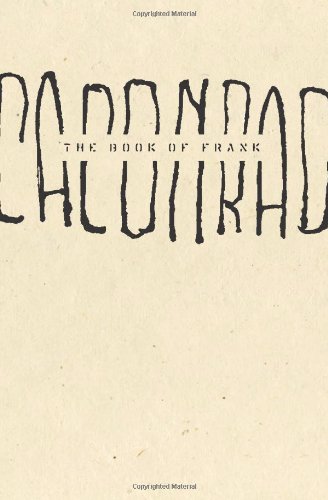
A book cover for The Book of Frank; CAConrad; Gay & Lesbian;